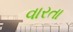
વારતા